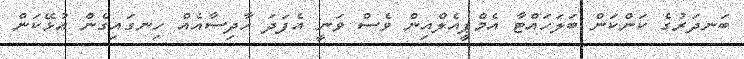
ބަނދަރުގެ ކަންކަން ބަލަހައްޓާ އެމްޕީއެލްއިން ވެސް ވަނީ އެފަދަ ހާދިސާއެއް ހިނގައިގެން އުޅޭކަން